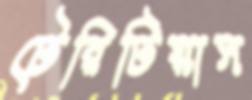
টেরিটিয়াস